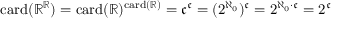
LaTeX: \mathrm { c a r d } ( \mathbb { R } ^ { \mathbb { R } } ) = \mathrm { c a r d } ( \mathbb { R } ) ^ { \mathrm { c a r d } ( \mathbb { R } ) } = { \mathfrak { c } } ^ { \mathfrak { c } } = ( 2 ^ { \aleph _ { 0 } } ) ^ { \mathfrak { c } } = 2 ^ { \aleph _ { 0 } \cdot { \mathfrak { c } } } = 2 ^ { \mathfrak { c } }